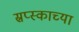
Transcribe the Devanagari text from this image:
स्रप्स्काच्या